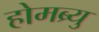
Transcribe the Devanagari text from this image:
होमब्र्यु